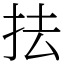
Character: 抾